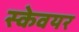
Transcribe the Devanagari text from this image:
स्केवयर